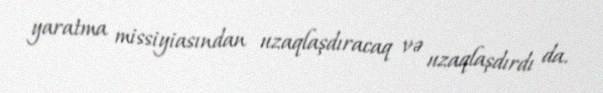
yaratma missiyiasından uzaqlaşdıracaq və uzaqlaşdırdı da.